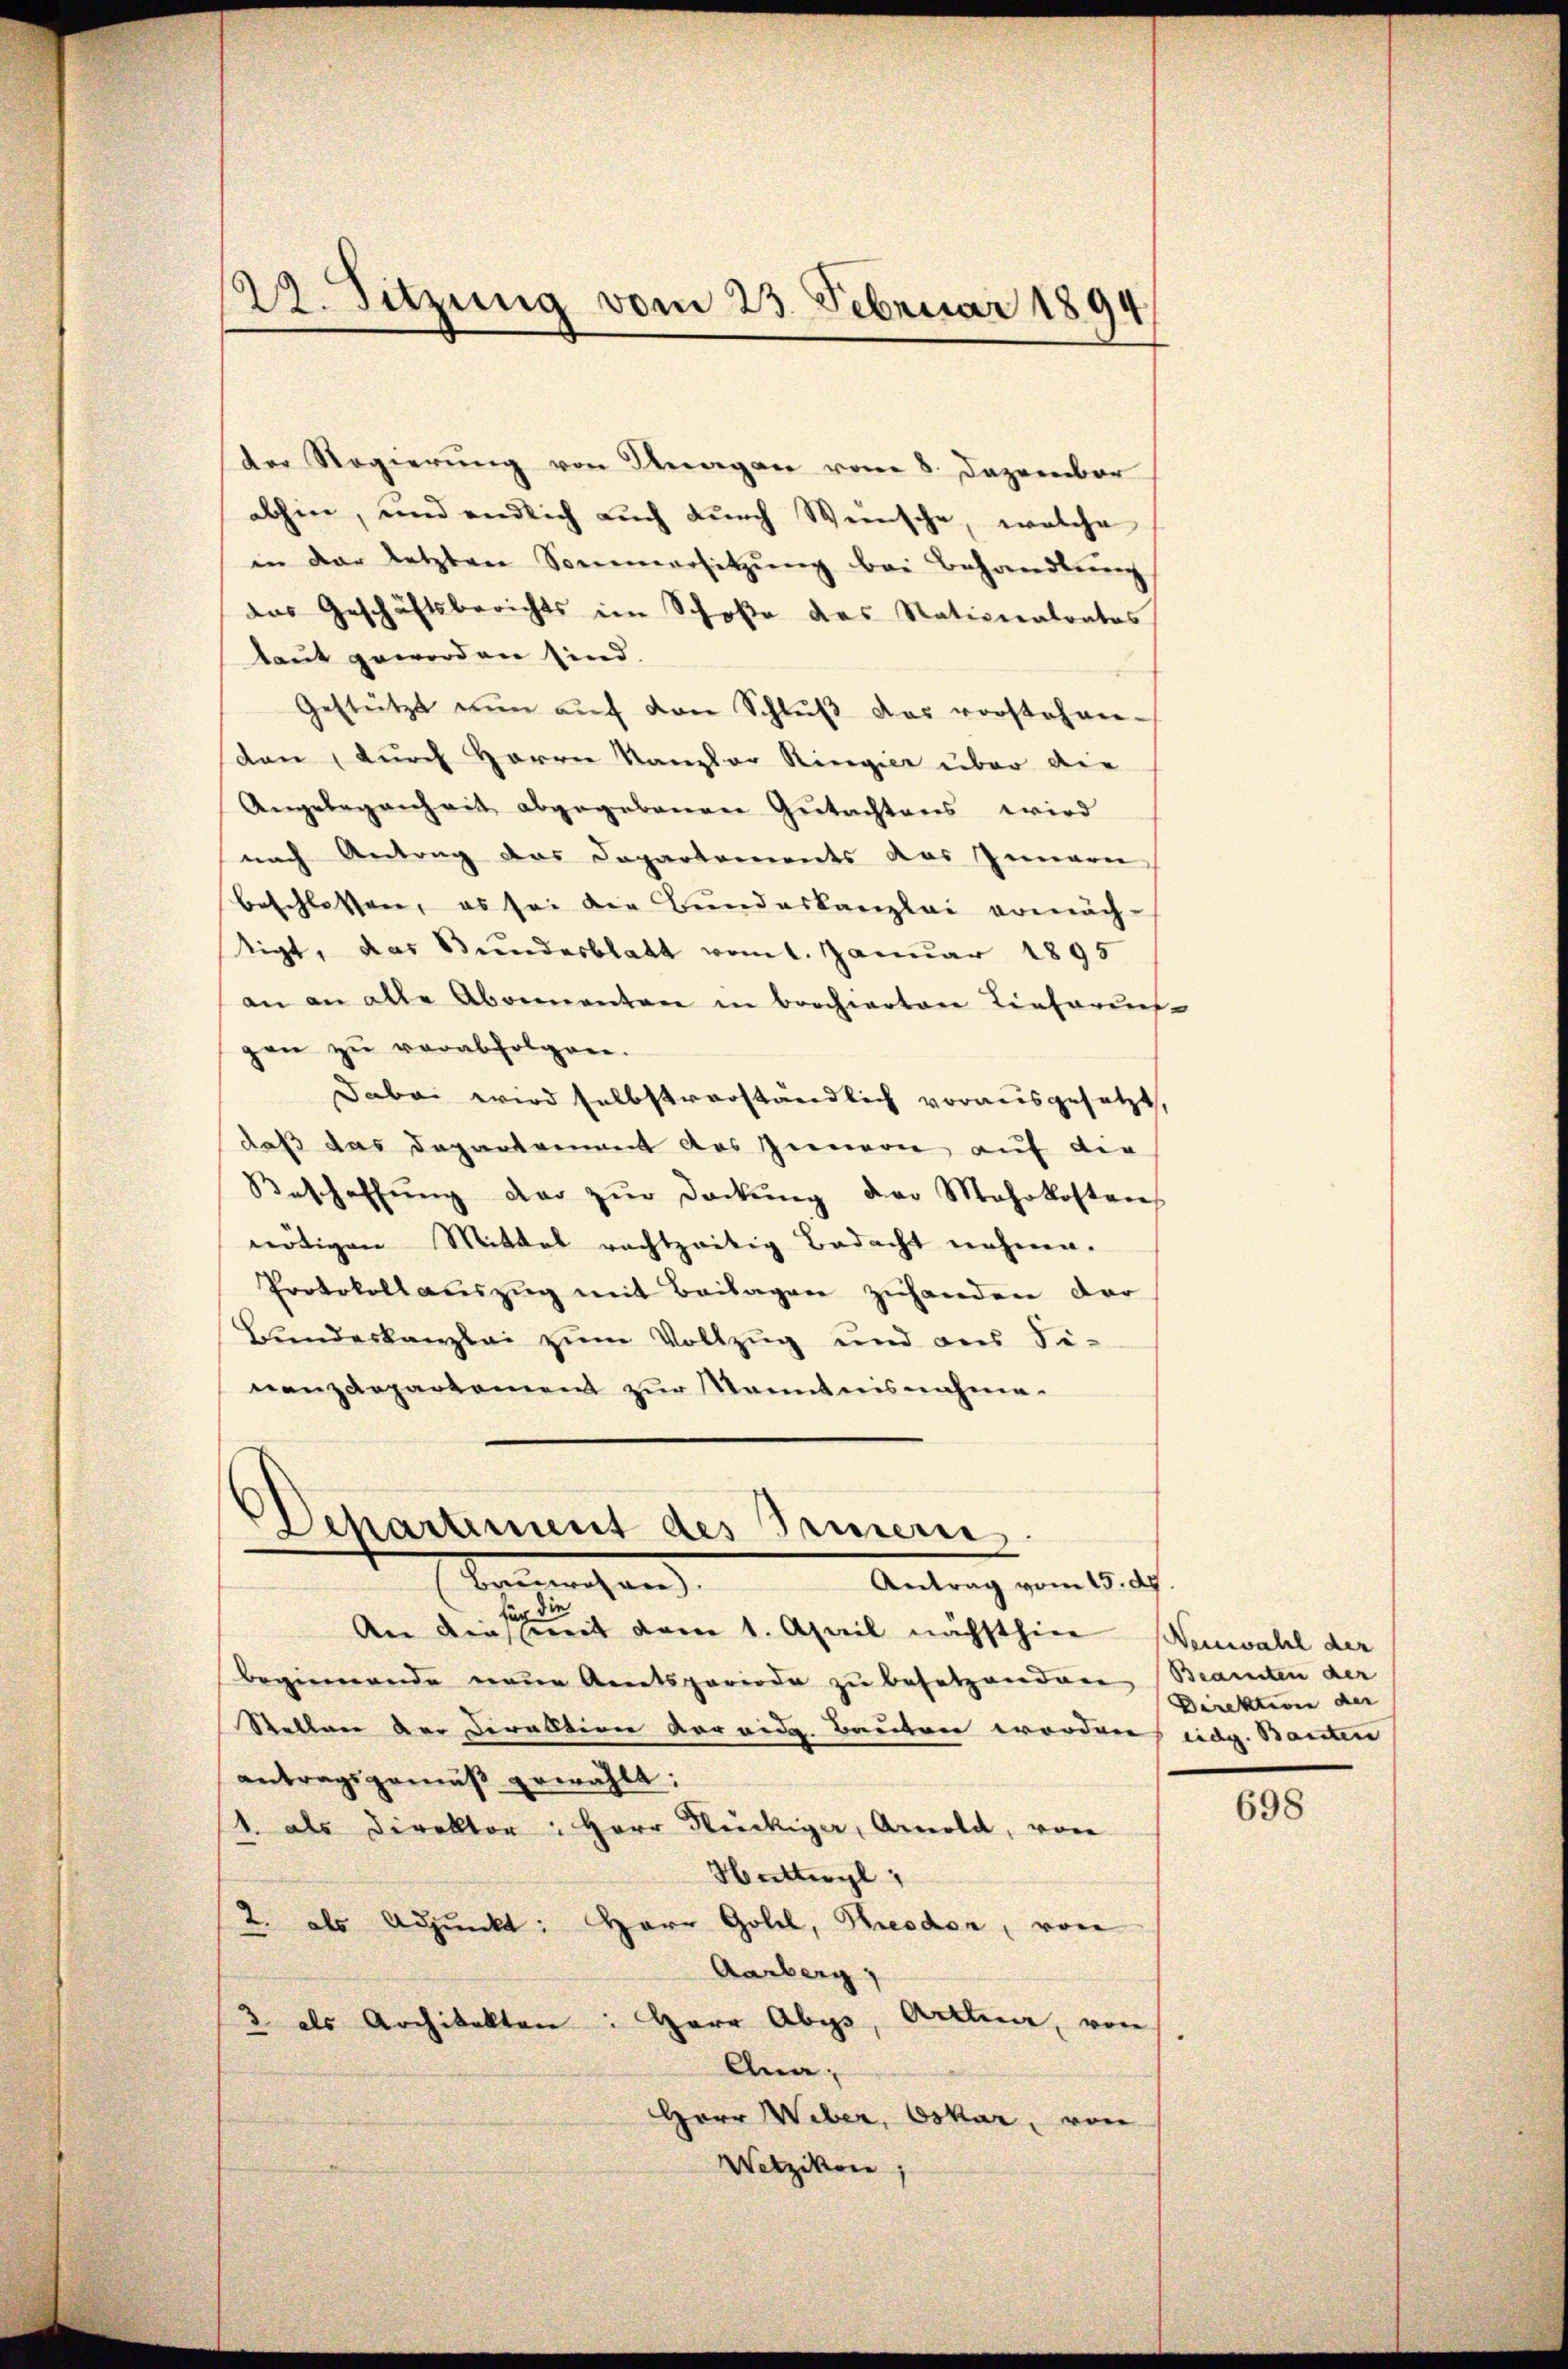
22. Sitzung vom 23. Februar 1894

Der Regierŭng von Knagen vom 8. Dezember
abhin, und endlich auch dŭrch Weinsche, welche
in der letzten Sommersitzung bei Behandlung
das Geschäftsberichts im Schoße des Nationalrates
taut geworden sind.
Gestützt nŭn aŭf den Schlŭβ das vorstehen-
den, durch Herrn Kanzler Ringier über die
Angelegenheit abgegebeneren Gutachtens wird
nach Antrag das Departements das Innern
beschlossen, es sei die Bundeskanzlei ermäch-
tigt, das Bundesblatt vom 1. Januar 1895
an an alle Abonnenten in brechierten Lieferus-
gen zu verabfolgen.
Dabei wird selbstverständlich vorausgesetzt.
daß das Departament des Innern auf die
Beschaffŭng der zŭr deckŭng der Mehrkostens
nötigen Mittel rachtzeitig Bedacht nehme.
Protokollaŭszŭg mit Beilagen zuhanden dar
Bŭndeskanzlei zum Vollzug und aus Se-
nanzdepartement zur Kenntnisnahme.

Departement des Gemeins
Bannreichen
Antrag vom 15. d.

die
An dies mit vom 1. April nächsthin Neuwahl der
Beginnende neue Amtsperiode zu besetzenden Beamten der
Stellen der Direktion vor eidg. Bauten wordenes eidg. Bauten
antragsgemäß gewählt:
1. als Direktor: Herr Stückiger, Arnold, von
Huttwyl,
2. als Adjunkt: Herr Goll, Tresden, von
Aarberg,
3 als Architekten: Herr Abgs, Arthner, von
Ana¬
Herr Weber, Oskar, von
Wetzikon

Direktion der

698